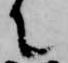
て